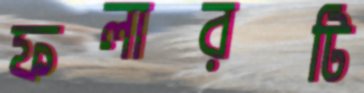
ফলারটি